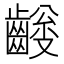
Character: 𪙅